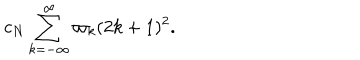
LaTeX: c _ { N } \sum _ { k = - \infty } ^ { \infty } \varpi _ { k } ( 2 k + 1 ) ^ { 2 } .